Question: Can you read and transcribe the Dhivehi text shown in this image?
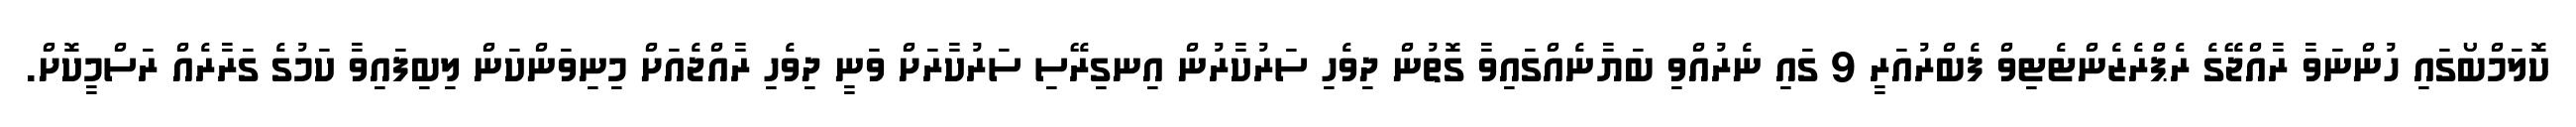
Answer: ކޮލަމްބޯގައި ހުންނަވާ ރާއްޖޭގެ ރެޕްރެޒެންޓެޓިވް ފެބްރުއަރީ 9 ގައި ނެރުއްވި ބަޔާނެއްގައިވާ ގޮތުން ދިވެހި ސަރުކާރުން އިނގިރޭސި ސަރުކާރަށް ވަނީ ދިވެހި ރާއްޖެއަށް މިނިވަންކަން ލިބިފައިވާ ކަމުގެ ގަރާރެއް ރަސްމީކޮށް.